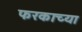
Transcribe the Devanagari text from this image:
फरकाच्या